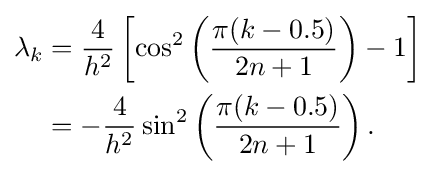
{\begin{alignedat}{2}\lambda _{k}&={\frac {4}{h^{2}}}\left[\cos ^{2}\left({\frac {\pi (k-0.5)}{2n+1}}\right)-1\right]\\&=-{\frac {4}{h^{2}}}\sin ^{2}\left({\frac {\pi (k-0.5)}{2n+1}}\right).\end{alignedat}}